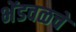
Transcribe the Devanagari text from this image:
भेंडवळचे